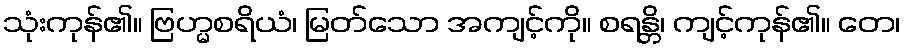
သုံးကုန်၏။ ဗြဟ္မစရိယံ၊ မြတ်သော အကျင့်ကို။ စရန္တိ၊ ကျင့်ကုန်၏။ တေ၊